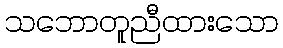
သဘောတူညီထားသော